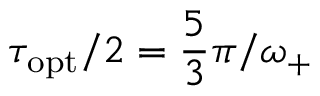
\tau _ { \mathrm { o p t } } / 2 = \frac { 5 } { 3 } \pi / \omega _ { + }